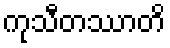
ကုသီတဿာတိ